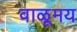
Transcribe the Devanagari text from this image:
वाळूमय